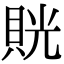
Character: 𧵦